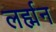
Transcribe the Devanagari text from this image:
लर्ह्मन